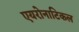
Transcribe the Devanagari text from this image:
एयरोनाटिकल